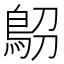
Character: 𩿋